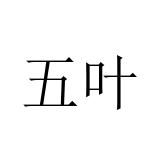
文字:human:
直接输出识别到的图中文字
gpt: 五叶